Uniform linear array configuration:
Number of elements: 48
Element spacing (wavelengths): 0.75
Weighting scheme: blackman
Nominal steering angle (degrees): -30
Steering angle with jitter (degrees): -29.753
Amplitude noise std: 0.05
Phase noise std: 0.05

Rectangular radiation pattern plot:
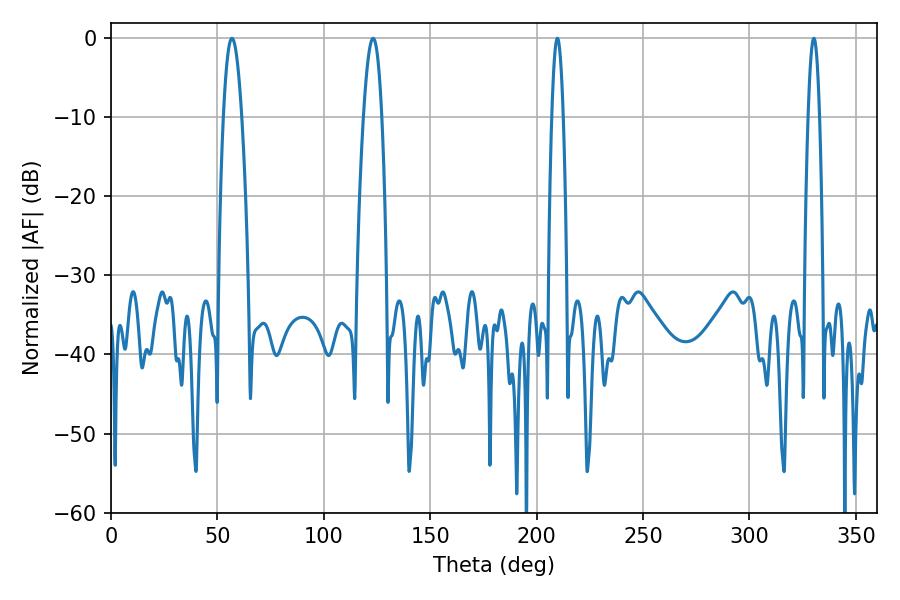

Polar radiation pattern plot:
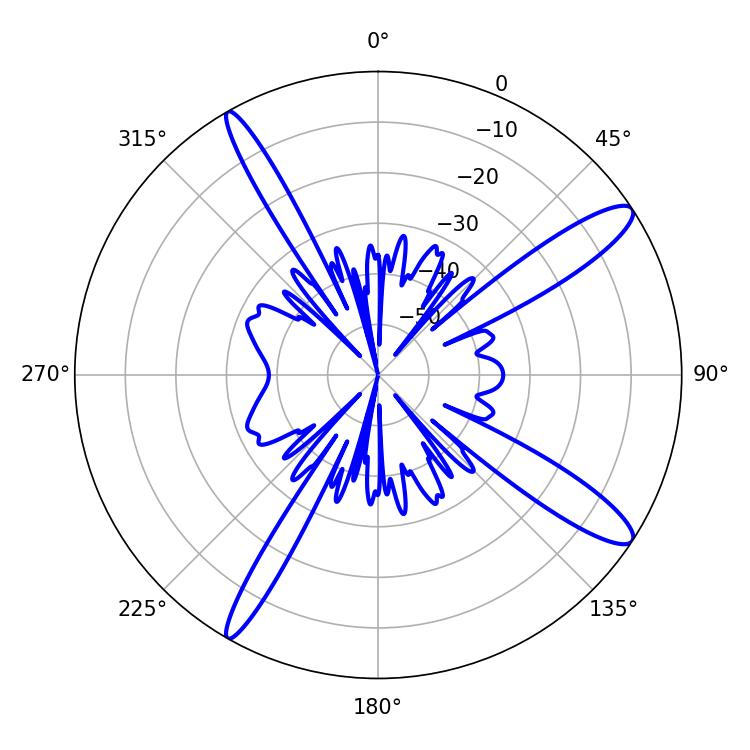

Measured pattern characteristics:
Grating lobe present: TRUE
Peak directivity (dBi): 13.27
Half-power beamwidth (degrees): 4.68
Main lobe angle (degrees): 56.88